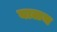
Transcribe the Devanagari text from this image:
बाळच